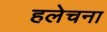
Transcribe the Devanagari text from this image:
हलेचना